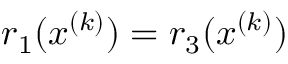
r _ { 1 } ( x ^ { ( k ) } ) = r _ { 3 } ( x ^ { ( k ) } )